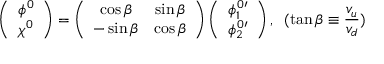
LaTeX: \left( \begin{array} { c } { { \phi ^ { 0 } } } \\ { { \chi ^ { 0 } } } \end{array} \right) = \left( \begin{array} { c c } { { \cos \beta } } & { { \sin \beta } } \\ { { - \sin \beta } } & { { \cos \beta } } \end{array} \right) \left( \begin{array} { c } { { \phi _ { 1 } ^ { 0 \prime } } } \\ { { \phi _ { 2 } ^ { 0 \prime } } } \end{array} \right) , \; \; ( \tan \beta \equiv \frac { v _ { u } } { v _ { d } } )